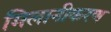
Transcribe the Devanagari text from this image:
मिलानीकरण